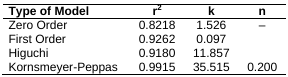
<table><thead><tr><td><b>Type of Model</b></td><td><b>r<sup>2</sup></b></td><td><b>k</b></td><td><b>n</b></td></tr></thead><tbody><tr><td>Zero Order</td><td>0.8218</td><td>1.526</td><td>–</td></tr><tr><td>First Order</td><td>0.9262</td><td>0.097</td><td></td></tr><tr><td>Higuchi</td><td>0.9180</td><td>11.857</td><td></td></tr><tr><td>Kornsmeyer-Peppas</td><td>0.9915</td><td>35.515</td><td>0.200</td></tr></tbody></table>